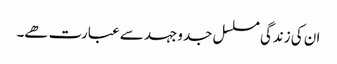
ان کی زندگی مسلسل جدوجہد سے عبارت ھے۔